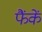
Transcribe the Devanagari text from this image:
फैंकें